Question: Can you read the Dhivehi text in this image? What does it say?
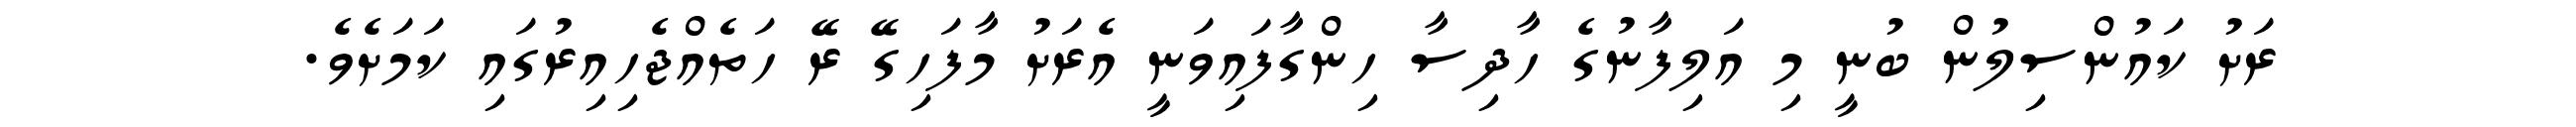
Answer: ރަށު ކައުންސިލުން ބުނީ މި އަލިފާނުގެ ހާދިސާ ހިންގާފައިވަނީ އެރަށު މާފަހިގޭ ރޭ ހަތެއްޖެހިއިރުގައި ކަމަށެވެ.